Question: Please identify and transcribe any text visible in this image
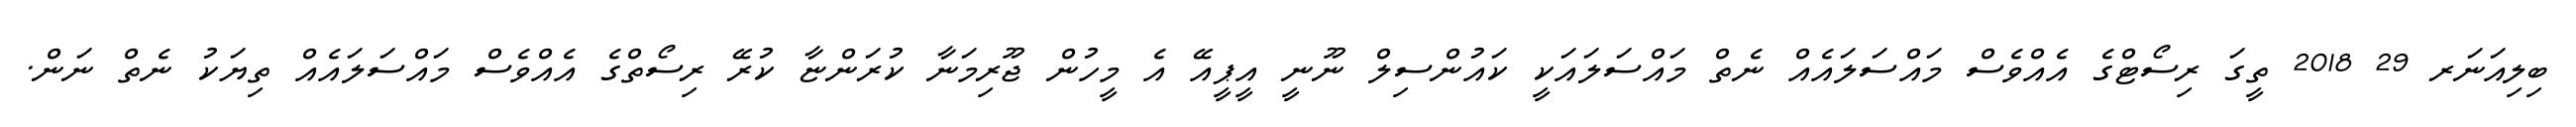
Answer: ބިލިއަނަރ 29 2018 ތީގަ ރިސޯޓްގެ އެއްވެސް މައްސަލައެއް ނެތް މައްސަލައަކީ ކައުންސިލް ނޫނީ އީޕީއޭ އެ މީހުން ޖޫރިމަނާ ކުރަންޏާ ކުރޭ ރިސޯތްގެ އެއްވެސް މައްސަލައެއް ތިޔަކު ނެތް ނަން.